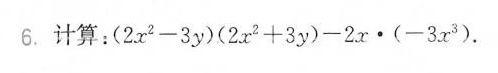
6.计算：（2x^{3}-3y）(2x^{3}+3y)-2x·（-3x^{3}）.